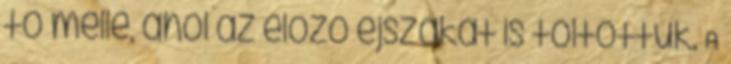
to melle, ahol az elozo ejszakat is toltottuk. A